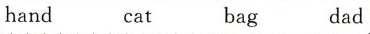
hand cat bag dad